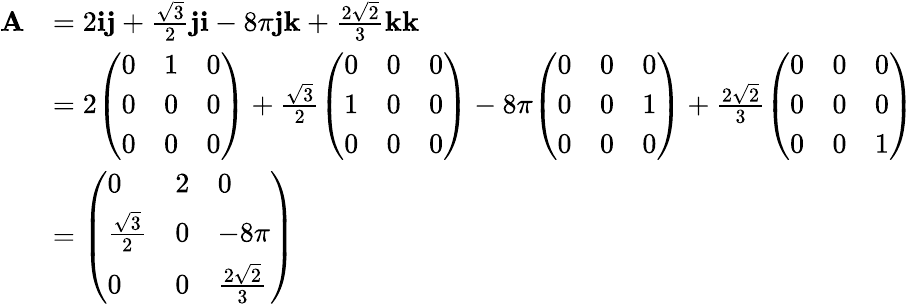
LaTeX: {\begin{array}{rl}{\mathbf{A}}&{=2\mathbf{ij}+{\frac{\sqrt{3}}{2}}\mathbf{ji}-8\pi\mathbf{jk}+{\frac{2{\sqrt{2}}}{3}}\mathbf{kk}}\\ &{=2{\left(\begin{array}{lll}{0}&{1}&{0}\\ {0}&{0}&{0}\\ {0}&{0}&{0}\end{array}\right)}+{\frac{\sqrt{3}}{2}}{\left(\begin{array}{lll}{0}&{0}&{0}\\ {1}&{0}&{0}\\ {0}&{0}&{0}\end{array}\right)}-8\pi{\left(\begin{array}{lll}{0}&{0}&{0}\\ {0}&{0}&{1}\\ {0}&{0}&{0}\end{array}\right)}+{\frac{2{\sqrt{2}}}{3}}{\left(\begin{array}{lll}{0}&{0}&{0}\\ {0}&{0}&{0}\\ {0}&{0}&{1}\end{array}\right)}}\\ &{={\left(\begin{array}{lll}{0}&{2}&{0}\\ {{\frac{\sqrt{3}}{2}}}&{0}&{-8\pi}\\ {0}&{0}&{{\frac{2{\sqrt{2}}}{3}}}\end{array}\right)}}\end{array}}